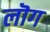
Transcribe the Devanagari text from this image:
लॊग